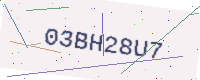
Text: 03BH28U7